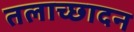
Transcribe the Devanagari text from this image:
तलाच्छादन